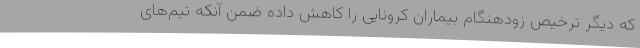
که دیگر ترخیص زودهنگام بیماران کرونایی را کاهش داده ضمن آنکه تیم‌های